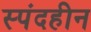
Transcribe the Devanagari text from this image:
स्पंदहीन